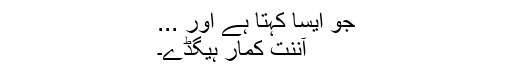
جو ایسا کہتا ہے اور ...
آننت کمار ہیگڈے۔